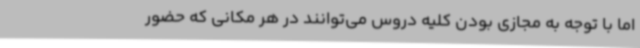
اما با توجه به مجازی بودن کلیه دروس می‌توانند در هر مکانی که حضور